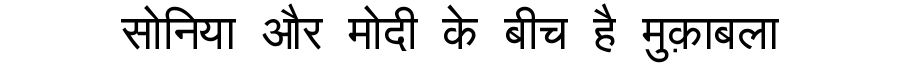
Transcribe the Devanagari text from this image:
सोनिया और मोदी के बीच है मुक़ाबला